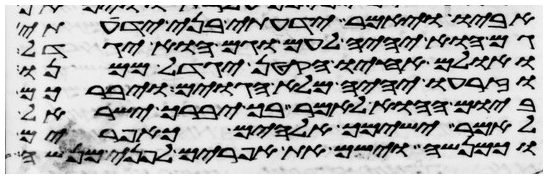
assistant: אביו ויאמר ידעתי בני ידעתי
גם הוא יהיה לעם וגם הוא יגדל
ואולם אחיו הקטן יגדל ממנו
וזרעו יהיה מלא הגוים ויברכם
ביום ההוא לאמר בך יברך ישראל
לאמר ישימך אלהים כאפרים
וכמנשה וישם את אפרים לפני מנשה